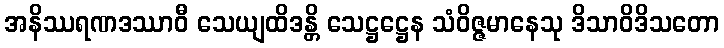
အနိဿရဏဒဿာဝီ သေယျထိဒန္တိ သေဋ္ဌဋ္ဌေန သံဝိဇ္ဇမာနေသု ဒိသာဝိဒိသတော